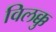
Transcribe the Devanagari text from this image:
विलक्कु